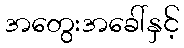
အတွေးအခေါ်နှင့်